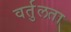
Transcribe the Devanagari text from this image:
वर्तुलता